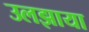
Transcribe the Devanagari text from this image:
उलझाया